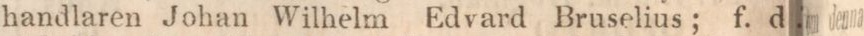
handlaren Johan Wilhelm Edvard Bruselius; f. d.